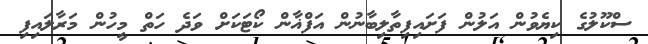
ސްކޫލުގެ ކިޔެވުން އަލުން ފަށައިފިތާލިބާނުން އަފްޣާން ކޯޓަކަށް ވަދެ ހަތް މީހުން މަރާލައިފި